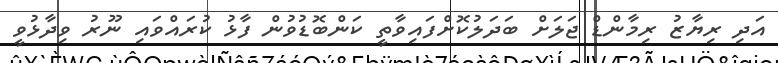
އަދި ރިޔާޒު ރިމާންޑް ޖަލަށް ބަދަލުކޮށްފައިވާތީ ކަންބޮޑުވުން ފާޅު ކުރައްވައި ނޫރު ވިދާޅުވީ